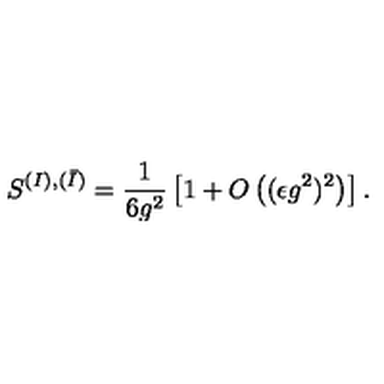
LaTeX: S ^ { ( I ) , ( \bar { I } ) } = \frac { 1 } { 6 g ^ { 2 } } \left[ 1 + O \left( ( \epsilon g ^ { 2 } ) ^ { 2 } \right) \right] .